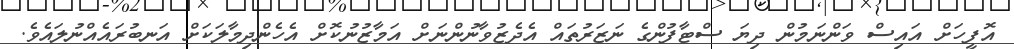
އޮފީހަށް އައިސް ވަންނަމުން ދިޔަ ސްޓާފުންގެ ނަޒަރުތައް އެދެޒުވާނުންނަށް އަމާޒުނުކޮށް އެހެންދިމާލަކަށް އަނބުރައެއްނުލައެވެ.